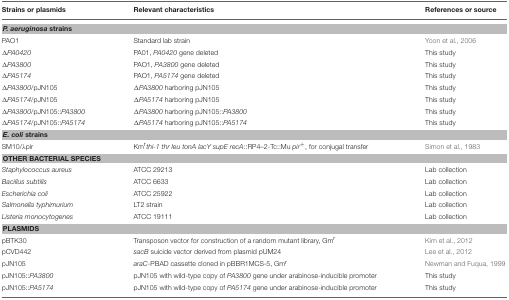
| Strains or plasmids | Relevant characteristics | References or source |
 | --- | --- | --- |
 | <COLSPAN=3> P. aeruginosastrains |
 | PAO1 | Standard lab strain | Yoon et al., 2006 |
 | ΔPA0420 | PA01, PA0420 gene deleted | This study |
 | ΔPA3800 | PAO1, PA3800 gene deleted | This study |
 | ΔPA5174 | PAO1, PA5174 gene deleted | This study |
 | ΔPA3800/pJN105 | ΔPA3800 harboring pJN105 | This study |
 | ΔPA5174/pJN105 | ΔPA5174 harboring pJN105 | This study |
 | ΔPA3800/pJN105::PA3800 | ΔPA3800 harboring pJN105::PA3800 | This study |
 | ΔPA5174/pJN105::PA5174 | ΔPA5174 harboring pJN105::PA5174 | This study |
 | <COLSPAN=3> E. colistrains |
 | SM10/λpir | Kmrthi-1 thr leu tonA lacY supE recA::RP4–2-Tc::Mu pir+, for conjugal transfer | Simon et al., 1983 |
 | <COLSPAN=3> OTHER BACTERIAL SPECIES |
 | Staphylococcus aureus | ATCC 29213 | Lab collection |
 | Bacillus subtilis | ATCC 6633 | Lab collection |
 | Escherichia coli | ATCC 25922 | Lab collection |
 | Salmonella typhimurium | LT2 strain | Lab collection |
 | Listeria monocytogenes | ATCC 19111 | Lab collection |
 | <COLSPAN=3> PLASMIDS |
 | pBTK30 | Transposon vector for construction of a random mutant library, Gmr | Kim et al., 2012 |
 | pCVD442 | sacB suicide vector derived from plasmid pUM24 | Lee et al., 2012 |
 | pJN105 | araC-PBAD cassette cloned in pBBR1MCS-5, Gmr | Newman and Fuqua, 1999 |
 | pJN105::PA3800 | pJN105 with wild-type copy of PA3800 gene under arabinose-inducible promoter | This study |
 | pJN105::PA5174 | pJN105 with wild-type copy of PA5174 gene under arabinose-inducible promoter | This study |